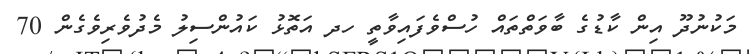
މަކުނުދޫ އިން ކާޑުގެ ބާވަތްތައް ހުސްވެފައިވާތީ ހދ އަތޮޅު ކައުންސިލު މެދުވެރިވެގެން 70